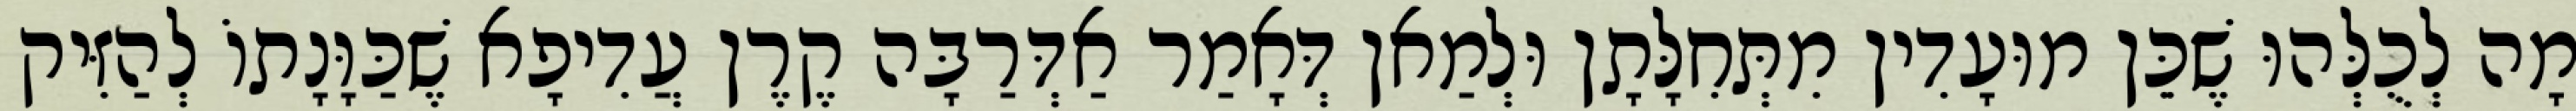
מָה לְכֻלְּהוּ שֶׁכֵּן מוּעָדִין מִתְּחִלָּתָן וּלְמַאן דְּאָמַר אַדְּרַבָּה קֶרֶן עֲדִיפָא שֶׁכַּוָּנָתוֹ לְהַזִּיק